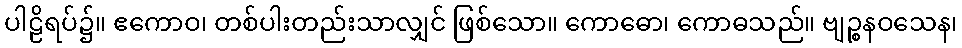
ပါဠိရပ်၌။ ဧကောဝ၊ တစ်ပါးတည်းသာလျှင် ဖြစ်သော။ ကောဓော၊ ကောဓသည်။ ဗျဉ္စနဝသေန၊